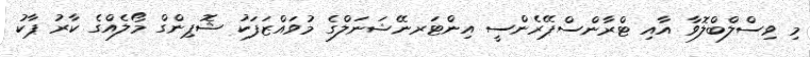
މި ވިސްލްބްލޮވާ އާއި ޓްރާންސްޕޭރެންސީ އިންޓަރނޭޝަނަލްގެ މުވައްޒަފަކު ޝޮޕިންގް މޯލެއްގެ ކާރު ޕާކު